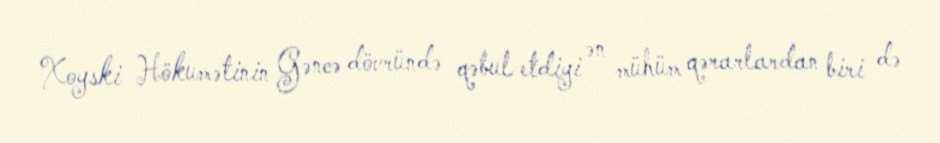
Xoyski Hökumətinin Gəncə dövründə qəbul etdiyi ən mühüm qərarlardan biri də